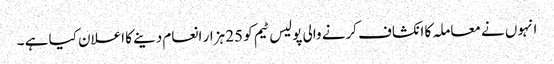
انہوں نے معاملہ کا انکشاف کرنے والی پولیس ٹیم کو 25 ہزار انعام دینے کا اعلان کیا ہے ۔